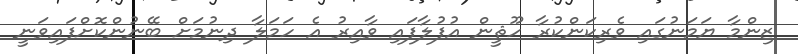
ޒިންމާ ޔަމަނުގައި ވެރިކަންކުރާ ހޫޘީން އުފުލާފައި ވާއިރު އެ ހަމަލާ ދިނުމަށް ބޭނުންކޮށްފައިވަނީ